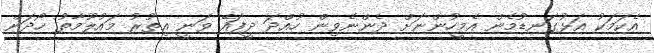
އެކަމަކު އަޅުގަނޑުމެން އެމީހުންނަށް ދެންނެވިން ހުއްދަ ދީފައޭ ވަނީ އިތުރު މައުލޫމާތު ހޯދަން